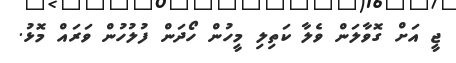
ޖީ އަށް ގޮވާލަން ވެލާ ކަތިލި މީހުން ހޯދަން ފުލުހުން ވަރައް މޮޅު.